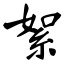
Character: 絮